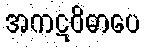
အကဋဝိဓာပေ